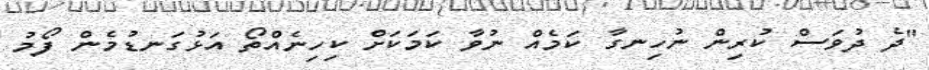
"ދެ ދުވަސް ކުރިން ނުހިނގާ ކަމެއް ނުވާ ކަމަކަށް ކިހިނެއްތޯ އަޅުގަނޑުމެން ފޯމު